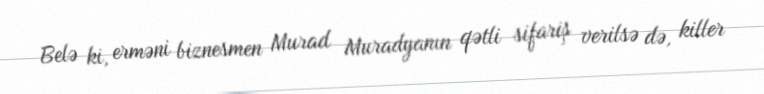
Belə ki, erməni biznesmen Murad Muradyanın qətli sifariş verilsə də, killer